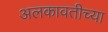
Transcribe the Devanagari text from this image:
अलकावतीच्या